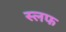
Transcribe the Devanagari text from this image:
स्लफ